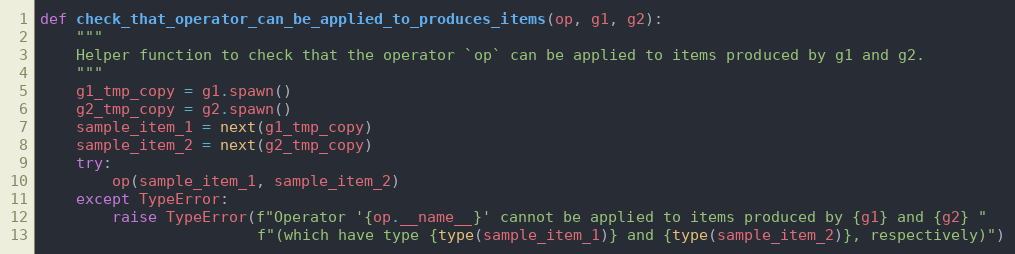
Language: Python
def check_that_operator_can_be_applied_to_produces_items(op, g1, g2):
    """
    Helper function to check that the operator `op` can be applied to items produced by g1 and g2.
    """
    g1_tmp_copy = g1.spawn()
    g2_tmp_copy = g2.spawn()
    sample_item_1 = next(g1_tmp_copy)
    sample_item_2 = next(g2_tmp_copy)
    try:
        op(sample_item_1, sample_item_2)
    except TypeError:
        raise TypeError(f"Operator '{op.__name__}' cannot be applied to items produced by {g1} and {g2} "
                        f"(which have type {type(sample_item_1)} and {type(sample_item_2)}, respectively)")